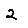
Digit: 2